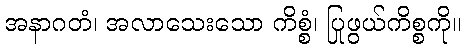
အနာဂတံ၊ အလာသေးသော ကိစ္စံ၊ ပြုဖွယ်ကိစ္စကို။